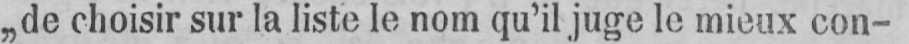
„de choisir sur la liste le nom qu’il juge le mieux con-